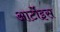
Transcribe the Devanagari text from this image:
आर्टोइस